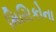
મિસિકોના